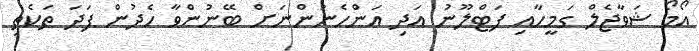
އޯމޯ ޝަވާޖެލް ގަމީހާއި ފަޓްލޫނު އަދި އަންހެނުންނަށް ބޭނުންވާ ހެދުން ފަދަ ތަކެތި